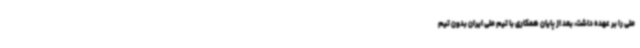
ملی را بر عهده داشت، بعد از پایان همکاری با تیم ملی ایران بدون تیم